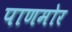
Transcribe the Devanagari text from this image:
पाणमोर